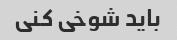
باید شوخی کنی